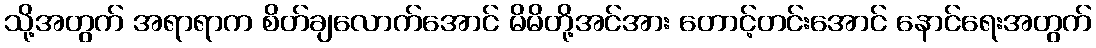
သို့အတွက် အရာရာက စိတ်ချလောက်အောင် မိမိတို့အင်အား တောင့်တင်းအောင် နောင်ရေးအတွက်